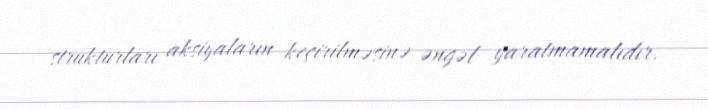
strukturları aksiyaların keçirilməsinə əngəl yaratmamalıdır.